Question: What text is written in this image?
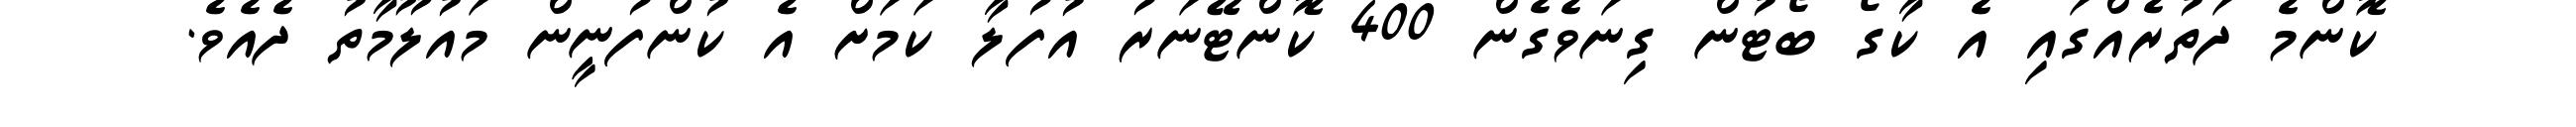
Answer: ކޮންމެ ދަތުރެއްގައި އެ ކާގޯ ބޯޓުން ގިނަވެގެން 400 ކޮންޓޭނަރު އުފުލާ ކަމަށް އެ ކުންފުނީން މައުލޫމާތު ދެއެވެ.